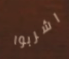
اشربوا